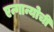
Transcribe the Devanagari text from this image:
एन्गान्योची